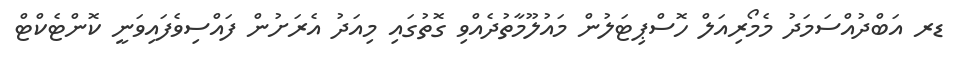
ޑރ އަބްދުއްސަމަދު މެމޯރިއަލް ހޮސްޕިޓަލުން މައުލޫމާތުދެއްވި ގޮތުގައި މިއަދު އެރަށުން ފައްސިވެފައިވަނީ ކޮންޓެކްޓް